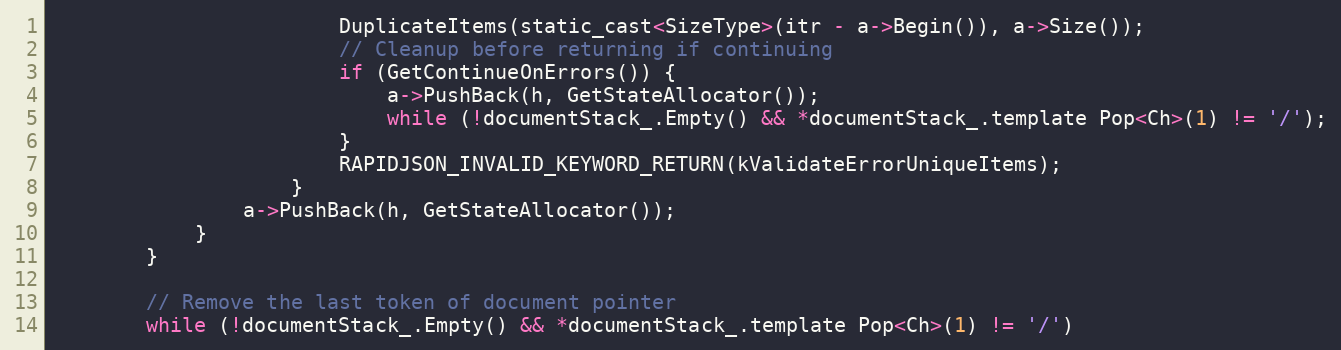
Language: C
                        DuplicateItems(static_cast<SizeType>(itr - a->Begin()), a->Size());
                        // Cleanup before returning if continuing
                        if (GetContinueOnErrors()) {
                            a->PushBack(h, GetStateAllocator());
                            while (!documentStack_.Empty() && *documentStack_.template Pop<Ch>(1) != '/');
                        }
                        RAPIDJSON_INVALID_KEYWORD_RETURN(kValidateErrorUniqueItems);
                    }
                a->PushBack(h, GetStateAllocator());
            }
        }

        // Remove the last token of document pointer
        while (!documentStack_.Empty() && *documentStack_.template Pop<Ch>(1) != '/')